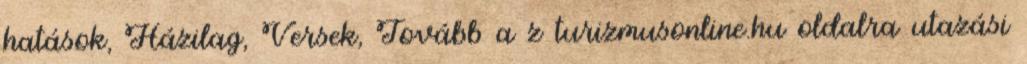
hatások, Házilag, Versek, Tovább a z turizmusonline.hu oldalra utazási